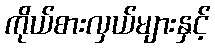
ကိုယ်စားလှယ်များနှင့်